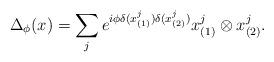
LaTeX: \begin{align*}\Delta_\phi(x) = \sum_j e^{ i \phi \delta(x_{(1)}^j) \delta(x_{(2)}^j)} x_{(1)}^j \otimes x_{(2)}^j.\end{align*}